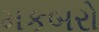
મકબરો